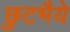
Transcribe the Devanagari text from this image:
छुटभैये